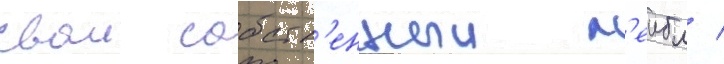
свои собств'енныи л'еибл /